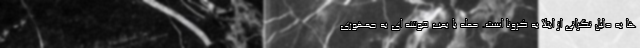
ها به دلیل نگرانی از ابتلا به کرونا است. حمله با بمب خوشه ای به جمهوری